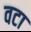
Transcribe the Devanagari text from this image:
वटा